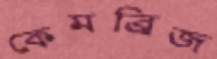
কেমব্র্রিজ